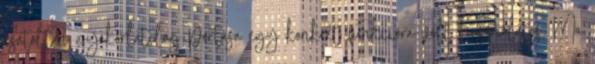
csatoltan gyakorlatilag portása egy konkrét funkcióra volt használatos. Ma